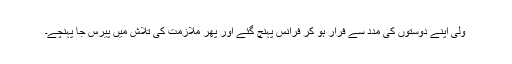
ولی اپنے دوستوں کی مدد سے فرار ہو کر فرانس پہنچ گئے اور پھر ملازمت کی تلاش میں پیرس جا پہنچے۔